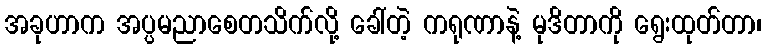
အခုဟာက အပ္ပမညာစေတသိက်လို့ ခေါ်တဲ့ ကရုဏာနဲ့ မုဒိတာကို ရွေးထုတ်တာ၊